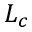
L _ { c }